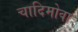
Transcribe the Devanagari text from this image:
चादिमोवा